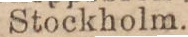
Stockholm.